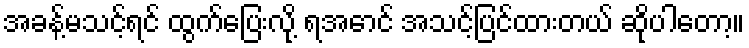
အခန့်မသင့်ရင် ထွက်ပြေးလို့ ရအောင် အသင့်ပြင်ထားတယ် ဆိုပါတော့။